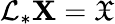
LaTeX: \mathcal{L}_{*}\mathbf{X}=\mathfrak{X}